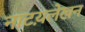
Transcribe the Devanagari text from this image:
नाटय़लेखन